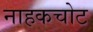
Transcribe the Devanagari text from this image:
नाहकचोट